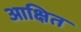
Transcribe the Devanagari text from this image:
आक्षित